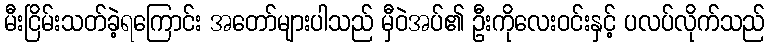
မီးငြိမ်းသတ်ခဲ့ရကြောင်း အတော်များပါသည် မှီဝဲအပ်၏ ဦးကိုလေးဝင်းနှင့် ပလပ်လိုက်သည်